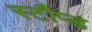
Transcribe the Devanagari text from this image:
स्टौप्ड